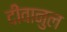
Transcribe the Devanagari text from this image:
दीवानुल